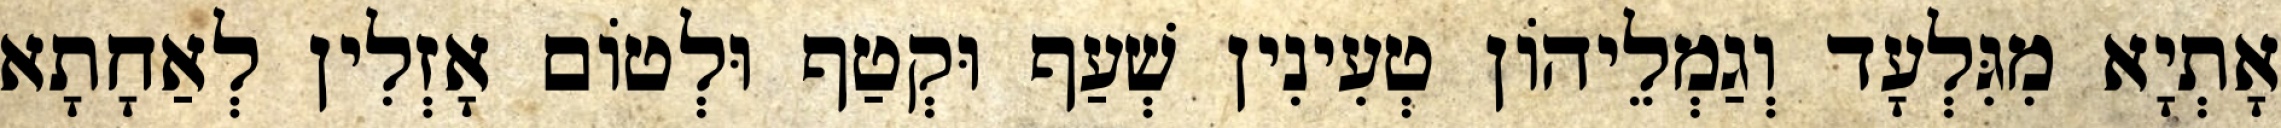
אָתְיָא מִגִּלְעָד וְגַמְלֵיהוֹן טְעִינִין שְׁעַף וּקְטַף וּלְטוֹם אָזְלִין לְאַחָתָא